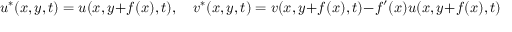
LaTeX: u ^ { * } ( x , y , t ) = u ( x , y + f ( x ) , t ) , \quad v ^ { * } ( x , y , t ) = v ( x , y + f ( x ) , t ) - f ^ { \prime } ( x ) u ( x , y + f ( x ) , t )